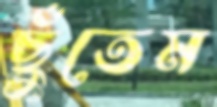
ছুঁতেম